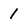
Character: 1